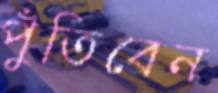
পুঁতিবেন